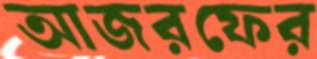
আজরফের